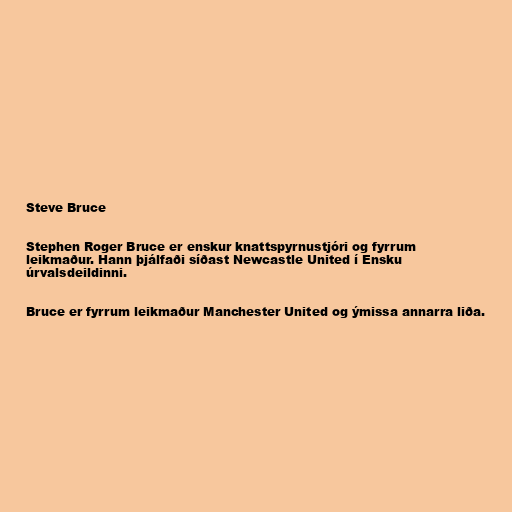
Steve Bruce

Stephen Roger Bruce er enskur knattspyrnustjóri og fyrrum
leikmaður. Hann þjálfaði síðast Newcastle United í Ensku
úrvalsdeildinni.

Bruce er fyrrum leikmaður Manchester United og ýmissa annarra liða.